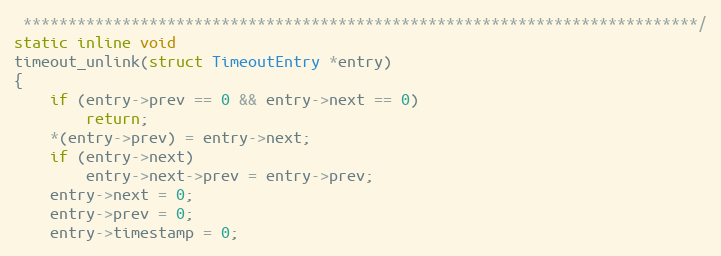
Language: C
 ***************************************************************************/
static inline void
timeout_unlink(struct TimeoutEntry *entry)
{
    if (entry->prev == 0 && entry->next == 0)
        return;
    *(entry->prev) = entry->next;
    if (entry->next)
        entry->next->prev = entry->prev;
    entry->next = 0;
    entry->prev = 0;
    entry->timestamp = 0;